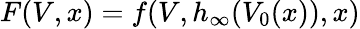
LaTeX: F(V,x)=f(V,h_{\infty}(V_{0}(x)),x)